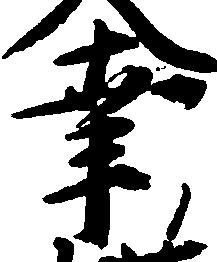
幸